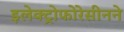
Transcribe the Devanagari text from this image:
इलेक्ट्रोफोरेसीनने